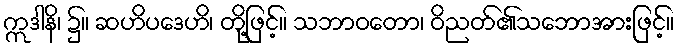
ဣဒါနိ၊ ၌။ ဆဟိပဒေဟိ၊ တို့ဖြင့်။ သဘာဝတော၊ ဝိညတ်၏သဘောအားဖြင့်။